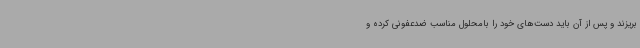
بریزند و پس از آن باید دست‌های خود را بامحلول مناسب ضدعفونی کرده و